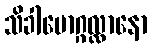
သိခါမောဂ္ဂလ္လာနော